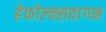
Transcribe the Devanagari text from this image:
हेफोल्क्सवागन